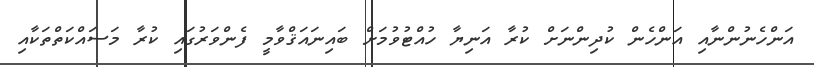
އަންހެނުންނާއި އަންހެން ކުދިންނަށް ކުރާ އަނިޔާ ހުއްޓުވުމަށް ބައިނައަޤްވާމީ ފެންވަރުގައި ކުރާ މަސައްކަތްތަކާއި